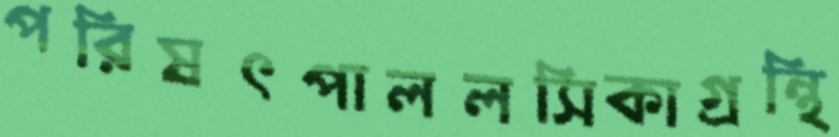
পরিষৎপাললসিকাগ্রন্থি